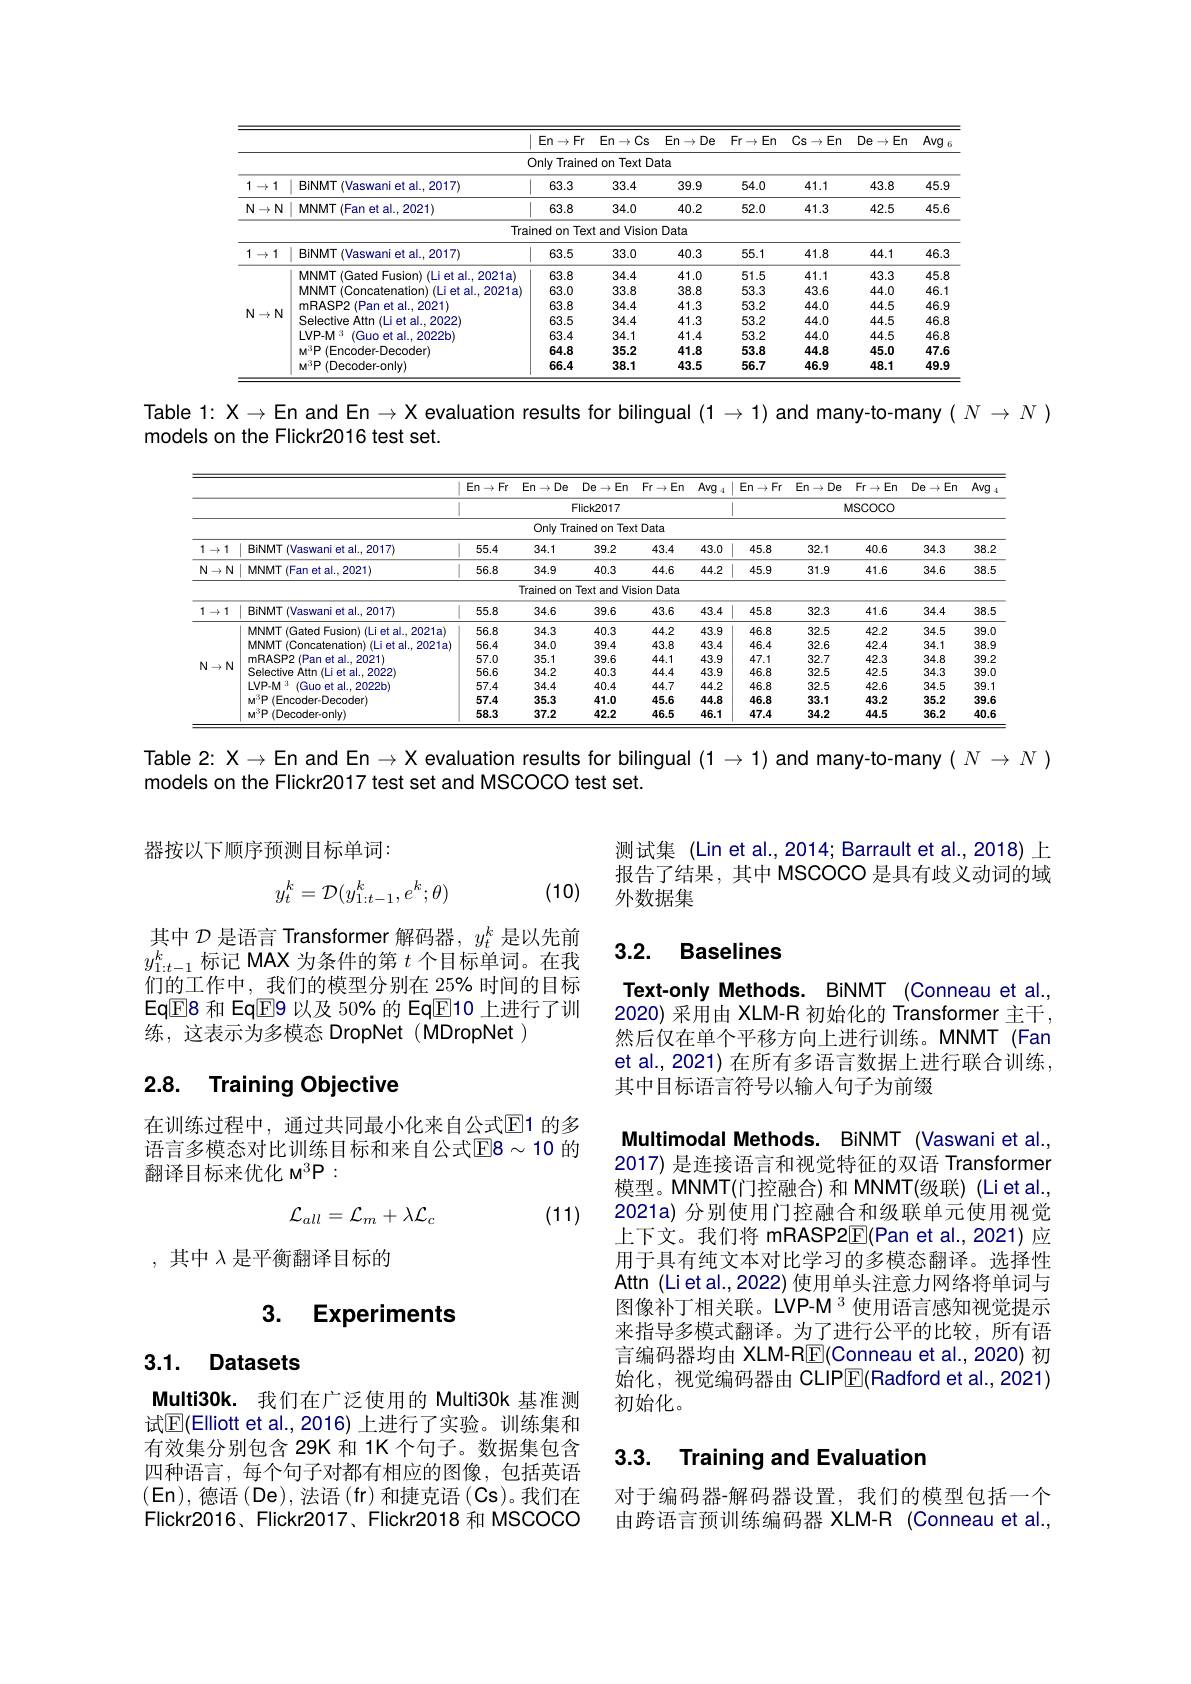
<table>
	<tbody>
		<tr>
			<th> </th>
			<th> </th>
			<th>$En\to$ $Fr$ 1 </th>
			<th>$En\to C$ Cs</th>
			<th>$En\to$ De</th>
			<th>$Fr\to$ En</th>
			<th>$Cs\to E$ $En$</th>
			<th>$De\to\mathbb{E}$ $En$</th>
			<th>Avg</th>
		</tr>
		<tr>
			<td> </td>
			<td> </td>
			<td>Only Trainer T</td>
			<td>$TextD\varepsilon$ don</td>
			<td>ata</td>
			<td> </td>
			<td> </td>
			<td> </td>
			<td> </td>
		</tr>
		<tr>
			<td>1 1 $\rightarrow$</td>
			<td>BiNMT (Vaswani et al.,2017)</td>
			<td>63.3</td>
			<td>33.4</td>
			<td>39.9</td>
			<td>54.0</td>
			<td>41.1</td>
			<td>43.8</td>
			<td>45.9</td>
		</tr>
		<tr>
			<td rowspan="2">$\mathbb{N}\to$ N 1 1</td>
			<td>MNMT (Fan et al.,2021)</td>
			<td>63.8</td>
			<td>34.0</td>
			<td>40.2</td>
			<td>52.0</td>
			<td>41.3</td>
			<td>42.5</td>
			<td>45.6</td>
		</tr>
		<tr>
			<td>Trai</td>
			<td>ined Tex on</td>
			<td>and Vision t</td>
			<td>Data</td>
			<td> </td>
			<td> </td>
			<td> </td>
			<td> </td>
		</tr>
		<tr>
			<td>1 1 $\rightarrow$</td>
			<td>BiNMT (Vaswani et al.,2017)</td>
			<td>63.5</td>
			<td>33.0</td>
			<td>40.3</td>
			<td>55.1</td>
			<td>41.8</td>
			<td>44.1</td>
			<td>46.3</td>
		</tr>
		<tr>
			<td rowspan="7">N$\to\mathbb{N}$</td>
			<td>MNMT (Gated Fusion) (Liet al., 2021a)</td>
			<td>63.8</td>
			<td>34.4</td>
			<td>41.0</td>
			<td>51.5</td>
			<td>41.1</td>
			<td>43.3</td>
			<td>45.8</td>
		</tr>
		<tr>
			<td>MNM atenation AT $a|.$ 2021a</td>
			<td>63.0</td>
			<td>33.8</td>
			<td>38.8</td>
			<td>53.3</td>
			<td>43.6</td>
			<td>44.0</td>
			<td>46.1</td>
		</tr>
		<tr>
			<td>mRASP2 20211 Jar $a|$</td>
			<td>63.8</td>
			<td>34.4</td>
			<td>41.3</td>
			<td>53.2</td>
			<td>44.0</td>
			<td>44.5</td>
			<td>46.9</td>
		</tr>
		<tr>
			<td>Selective $=Attn$ 2022 111 TE al.</td>
			<td>63.5</td>
			<td>34.4</td>
			<td>41.3</td>
			<td>53.2</td>
			<td>44.0</td>
			<td>44.5</td>
			<td>46.8</td>
		</tr>
		<tr>
			<td>$|VP-M$ 13 $(Guc$ $2022b1$ et al $\frac{1}{2}$</td>
			<td>63.4</td>
			<td>34.1</td>
			<td>41.4</td>
			<td>53.2</td>
			<td>44.0</td>
			<td>44.5</td>
			<td>46.8</td>
		</tr>
		<tr>
			<td>coder $MDF$ r-11</td>
			<td>64.8</td>
			<td>35.2</td>
			<td>41.8</td>
			<td>53.8</td>
			<td>44.8</td>
			<td>45.0</td>
			<td>47.6</td>
		</tr>
		<tr>
			<td>ecoder-only) MOP 111e</td>
			<td>66.4</td>
			<td>38.1</td>
			<td>43.5</td>
			<td>56.7</td>
			<td>46.9</td>
			<td>48.1</td>
			<td>49.9</td>
		</tr>
	</tbody>
</table>

Table 1: $X\to\mathsf{En}$ and En$\to\mathsf{X}$ evaluation results for bilingual $(1\to1)$ and many-to-many $(N\to N)$
models on the Flickr2016 test set.

<table>
	<tbody>
		<tr>
			<th> </th>
			<th> </th>
			<th>$En\to Fr$</th>
			<th>$En\to[$ De</th>
			<th>$De\to$ En</th>
			<th>$Fr\to$ $En$</th>
			<th>Avg 4</th>
			<th>$En\to Fr$</th>
			<th>$En\to$ De</th>
			<th>$Fr\rightarrow$ $En$</th>
			<th>$De\to$ $En$</th>
			<th>Avg</th>
		</tr>
		<tr>
			<td> </td>
			<td> </td>
			<td colspan="10">Flick2017 MSCOCO</td>
		</tr>
		<tr>
			<td> </td>
			<td> </td>
			<td> </td>
			<td>Only Tra</td>
			<td>ained c on Tex 1</td>
			<td>t Data</td>
			<td> </td>
			<td> </td>
			<td> </td>
			<td> </td>
			<td> </td>
			<td> </td>
		</tr>
		<tr>
			<td>1 1 $\rightarrow$</td>
			<td>BiNMT (Vaswani et al., 2017)</td>
			<td>55.4</td>
			<td>34.1</td>
			<td>39.2</td>
			<td>43.4</td>
			<td>43.0</td>
			<td>45.8 </td>
			<td>32.1</td>
			<td>40.6</td>
			<td>34.3</td>
			<td>38.2</td>
		</tr>
		<tr>
			<td>$N$ $N$ $\downarrow\rightarrow$</td>
			<td>MNMT (Fan et al.,2021)</td>
			<td>56.8</td>
			<td>34.9</td>
			<td>40.3</td>
			<td>44.6</td>
			<td>44.2</td>
			<td>45.9</td>
			<td>31.9</td>
			<td>41.6</td>
			<td>34.6</td>
			<td>38.5</td>
		</tr>
		<tr>
			<td> </td>
			<td> </td>
			<td> </td>
			<td>Trained on</td>
			<td>Text E jVis and</td>
			<td>sion Data</td>
			<td> </td>
			<td> </td>
			<td> </td>
			<td> </td>
			<td> </td>
			<td> </td>
		</tr>
		<tr>
			<td>1 1 $\rightarrow$</td>
			<td>BiNMT (Vaswani et al., 2017)</td>
			<td>55.8</td>
			<td>34.6</td>
			<td>39.6</td>
			<td>43.6</td>
			<td>43.4</td>
			<td>45.8</td>
			<td>32.3</td>
			<td>41.6</td>
			<td>34.4</td>
			<td>38.5</td>
		</tr>
		<tr>
			<td rowspan="7">$\mathbb{N}\to\mathbb{N}$</td>
			<td>MNMT (Gated Fusion) (Lietal.2021a)</td>
			<td>56.8</td>
			<td>34.3</td>
			<td>40.3</td>
			<td>44.2</td>
			<td>43.9</td>
			<td>46.8</td>
			<td>32.5</td>
			<td>42.2</td>
			<td>34.5</td>
			<td>39.0</td>
		</tr>
		<tr>
			<td>MNMT (Concatenation) (Li et al., 2021a)</td>
			<td>56.4</td>
			<td>34.0</td>
			<td>39.4</td>
			<td>43.8</td>
			<td>43.4</td>
			<td>46.4</td>
			<td>32.6</td>
			<td>42.4</td>
			<td>34.1</td>
			<td>38.9</td>
		</tr>
		<tr>
			<td>THASP 2021</td>
			<td>57.0</td>
			<td>35.1</td>
			<td>39.6</td>
			<td>44.1</td>
			<td>43.9</td>
			<td>47.1</td>
			<td>32.7</td>
			<td>42.3</td>
			<td>34.8</td>
			<td>39.2</td>
		</tr>
		<tr>
			<td>Selective Attn (Li et al..2022</td>
			<td>56.6</td>
			<td>34.2</td>
			<td>40.3</td>
			<td>44.4</td>
			<td>43.9</td>
			<td>46.8</td>
			<td>32.5</td>
			<td>42.5</td>
			<td>34.3</td>
			<td>39.0</td>
		</tr>
		<tr>
			<td>$LVP-M$ (Guo et al..2022b)</td>
			<td>57.4</td>
			<td>34.4</td>
			<td>40.4</td>
			<td>44.7</td>
			<td>44.2</td>
			<td>46.8</td>
			<td>32.5</td>
			<td>42.6</td>
			<td>34.5</td>
			<td>39.1</td>
		</tr>
		<tr>
			<td>$\mathbf{M} ^{3}\mathbf{P} \left ( \mathrm{Encoder- Decoder}\right )$</td>
			<td>57.4</td>
			<td>35.3</td>
			<td>41.0</td>
			<td>45.6</td>
			<td>44.8</td>
			<td>46.8</td>
			<td>33.1</td>
			<td>43.2</td>
			<td>35.2</td>
			<td>39.6</td>
		</tr>
		<tr>
			<td>$\mathbf{M} ^{3}\mathbf{P} \left ( \mathrm{Decoder- only}\right )$</td>
			<td>58.3</td>
			<td>37.2</td>
			<td>42.2</td>
			<td>46.5</td>
			<td>46.1</td>
			<td>47.4</td>
			<td>34.2</td>
			<td>44.5</td>
			<td>36.2</td>
			<td>40.6</td>
		</tr>
	</tbody>
</table>

Table $2:X\to$En and En$\to X$ evaluation results for bilingual $(1\to1)$ and many-to-many $(N\to N)$
models on the Flickr2017 test set and MSCOCO test set.

器按以下顺序预测目标单词：

(10)
$$y_t^k=\mathcal{D}(y_{1:t-1}^k,e^k;\theta)$$
其中$\mathcal{D}$是语言 Transformer 解码器，$y_t^k$是以先前$y_{1:t-1}^k$标记 MAX 为条件的第$t$个目标单词。在我们的工作中，我们的模型分别在 25% 时间的目标EqE8 和 EqE9 以及 50% 的 EqE10 上进行了训练，这表示为多模态 DropNet(MDropNet)

## 2.8. Training Objective

在训练过程中，通过共同最小化来自公式$\mathbb{E}$1 的多语言多模态对比训练目标和来自公式E8$\sim 10$ 的翻译目标来优化 M$^{3}$P:
$$\mathcal{L}_{all}=\mathcal{L}_{m}+\lambda\mathcal{L}_{c}$$
(11)

,其中$\lambda$是平衡翻译目标的

## 3. Experiments

# 3.1. Datasets

Multi30k. 我们在广泛使用的 Multi30k 基准测试$\mathbb{E}($Elliott et al., 2016) 上进行了实验。训练集和有效集分别包含 29K 和 1K 个句子。数据集包含四种语言，每个句子对都有相应的图像，包括英语$(\mathsf{En})$,德语 (De),法语 (fr) 和捷克语 (Cs)。我们在Flickr2016、Flickr2017、Flickr2018 和 MSCOCO

测试集 (Lin et al.,2014; Barrault et al.,2018) 上报告了结果，其中 MSCOCO 是具有歧义动词的域外数据集

### 3.2. Baselines

Text-only Methods. BiNMT (Conneau et al. $\dot{2020}$)采用由 XLM-R 初始化的 Transformer 主干， 然后仅在单个平移方向上进行训练。MNMT (Fan et al., 2021) 在所有多语言数据上进行联合训练， 其中目标语言符号以输人句子为前缀

Multimodal Methods. BiNMT (Vaswani et al., 2017) 是连接语言和视觉特征的双语 Transformer 模型。MNMT(门控融合)和 MNMT(级联)(Liet al., 2021a) 分别使用门控融合和级联单元使用视觉上下文。我们将 mRASP2$\overline{\mathrm{E}}($Pan et al.,2021)应用于具有纯文本对比学习的多模态翻译。选择性Attn (Lietal.,2022) 使用单头注意力网络将单词与图像补丁相关联。LVP-M 3 使用语言感知视觉提示来指导多模式翻译。为了进行公平的比较，所有语言编码器均由 XLM-RE(Conneau et al.,2020) 初始化，视觉编码器由 CLIPE(Radford et al.,2021) 初始化。

### 3.3. Training and Evaluation

对于编码器-解码器设置，我们的模型包括一个由跨语言预训练编码器 XLM-R (Conneau et al.,